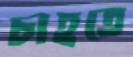
চাহতে